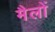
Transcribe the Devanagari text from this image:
मैलों